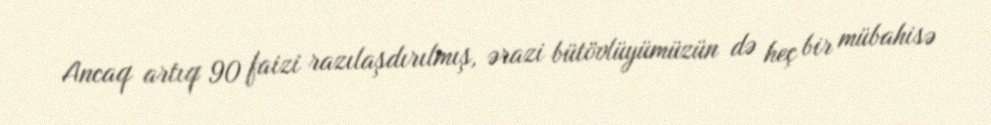
Ancaq artıq 90 faizi razılaşdırılmış, ərazi bütövlüyümüzün də heç bir mübahisə